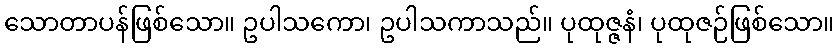
သောတာပန်ဖြစ်သော။ ဥပါသကော၊ ဥပါသကာသည်။ ပုထုဇ္ဇနံ၊ ပုထုဇဉ်ဖြစ်သော။